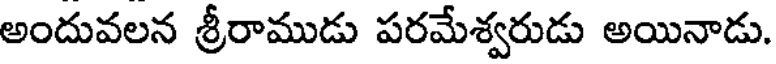
అందువలన శ్రీరాముడు పరమేశ్వరుడు అయినాడు.